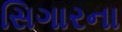
સિગારના